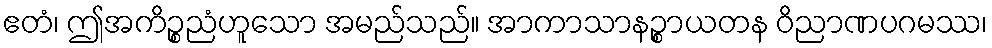
ဧတံ၊ ဤအကိဉ္စညံဟူသော အမည်သည်။ အာကာသာနဉ္စာယတန ဝိညာဏပဂမဿ၊